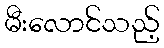
မီးလောင်သည့်